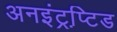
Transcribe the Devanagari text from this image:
अनइंट्रप्टि़ड